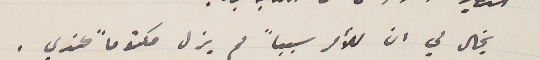
يخال لي ان للأمر سبباً لم يزل مكتوماً عندي.